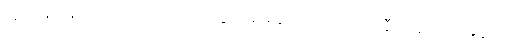
လူမျိုးများမှာလည်း အဋ္ဌမတောင်ထွတ်မှ မိုးအောင်ရင်သည် နီးပါးရှိသည့်အနက်